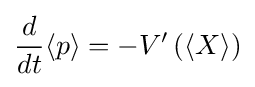
{\frac {d}{dt}}\langle p\rangle =-V'\left(\left\langle X\right\rangle \right)